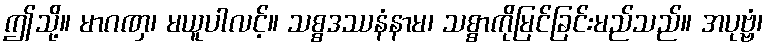
ဤသို့။ မာဂဏှ၊ မယူပါလင့်။ သစ္စဒဿနံနာမ၊ သစ္စာကိုမြင်ခြင်းမည်သည်။ အပုဗ္ဗံ၊